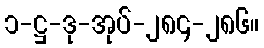
၁-ဋ္ဌ-ဒု-အုပ်-၂၈၄-၂၈၆။